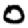
Digit: 0